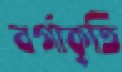
বর্গাকৃতি